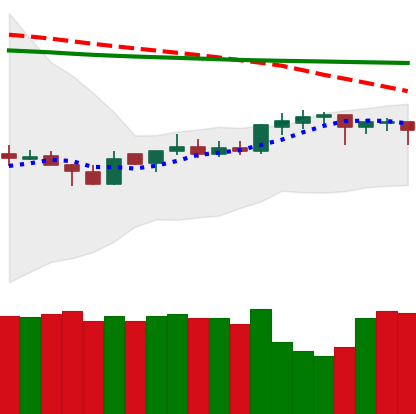
Ticker: DOGE-USD
Chart end date: 2020-04-13
Forward return: 5.207%
Label: up_5_7